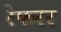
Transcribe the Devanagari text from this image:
रेफरर